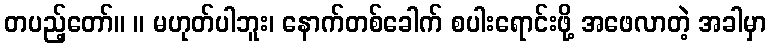
တပည့်တော်။ ။ မဟုတ်ပါဘူး၊ နောက်တစ်ခေါက် စပါးရောင်းဖို့ အဖေလာတဲ့ အခါမှာ